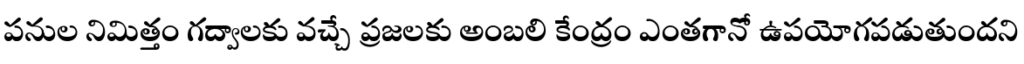
పనుల నిమిత్తం గద్వాలకు వచ్చే ప్రజలకు అంబలి కేంద్రం ఎంతగానో ఉపయోగపడుతుందని